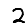
Digit: 2